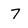
Character: 7